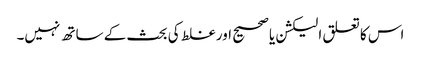
اس کا تعلق الیکشن یا صحیح اور غلط کی بحث کے ساتھ نہیں۔